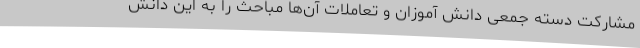
مشارکت دسته جمعی دانش آموزان و تعاملات آن‌ها مباحث را به این دانش